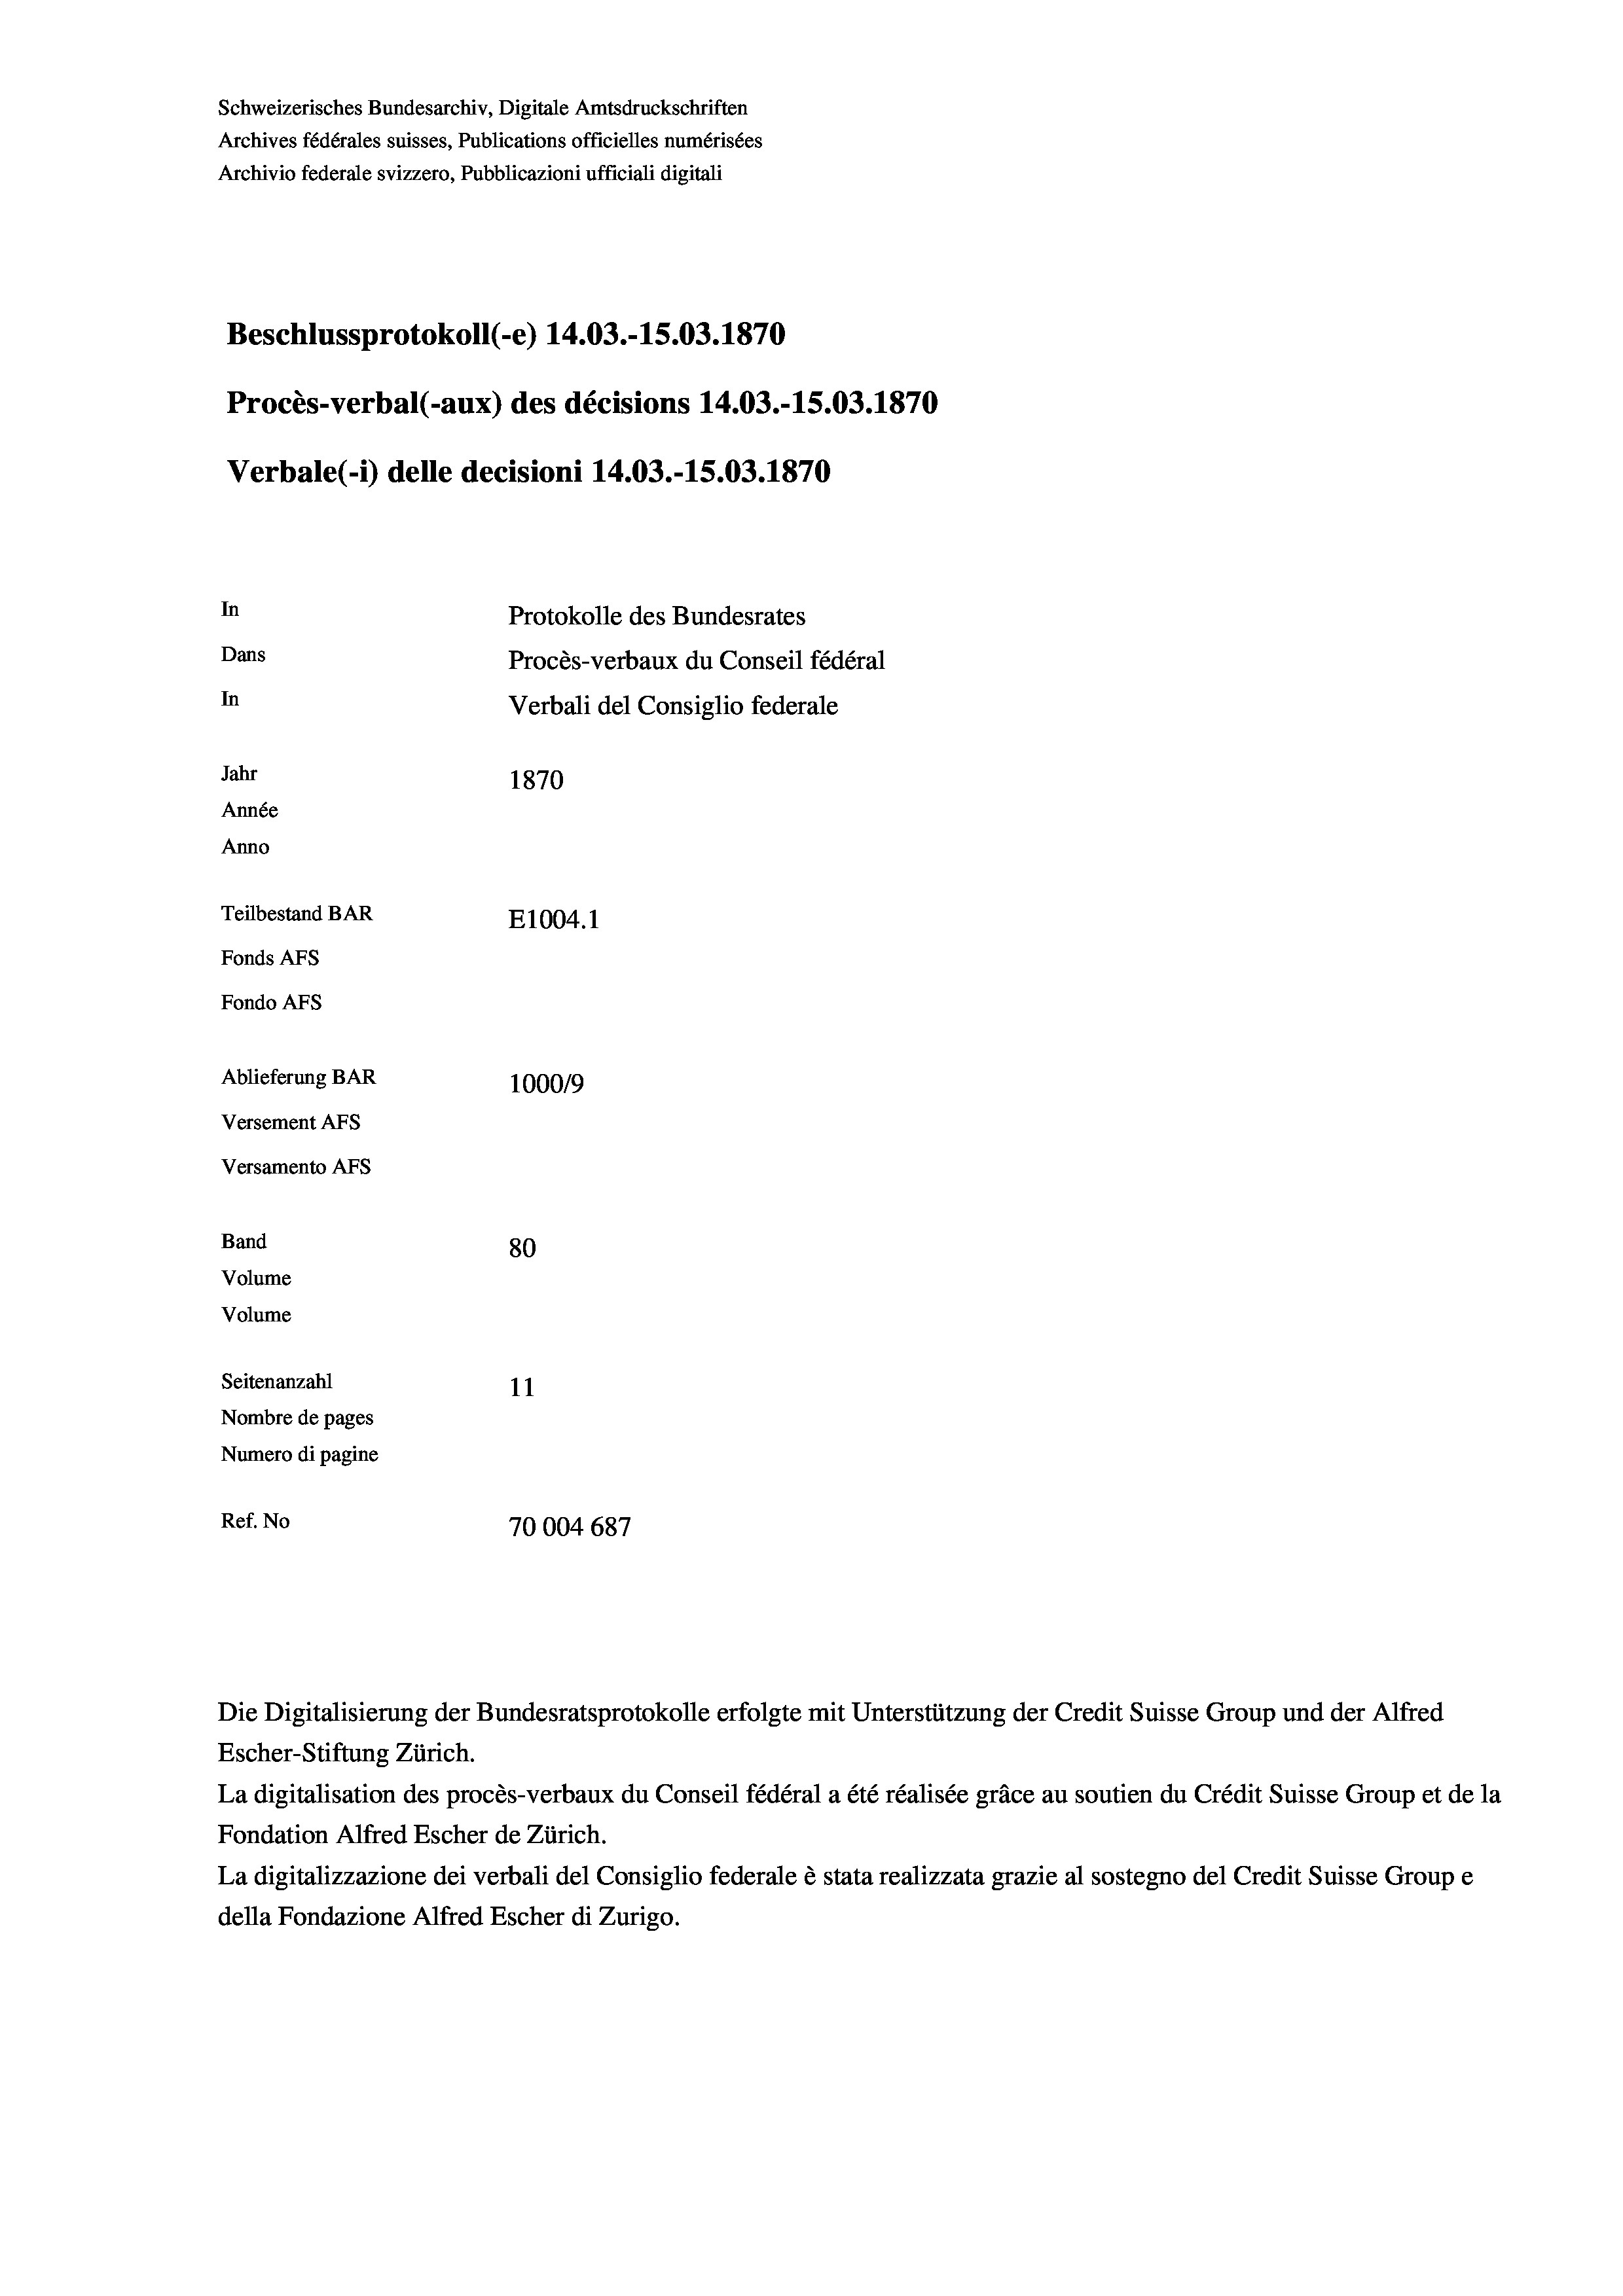
Schweizerisches Bundesarchiv, Digitale Amtsdruckschriften
Archives fédérales suisses, Publications officielles numérisées
Archivio federale svizzero, Pubblicazioni ufficiali digitali
Beschlussprotokoll (-e) 14.03.-15.03. 1870
Procès-verbal (-aux) des décisions 14.03.-15.03. 1870
Verbale (- 1) delle decisioni 14.03.-15.03. 1870
In
Protokolle des Bundesrates
Dans
Procès-verbaux du Conseil fédéral
In
Verbali del Consiglio federale
Jahr
1870
Année
Anno
Teilbestand BAR
E1004. 1
Fonds AFs
Fondo Afs
Ablieferung BAR
100019
Versement AFS
Versamento Afs
Band
80
Volume
Volume
Seitenanzahl
11
Nombre de pages
Numero di pagine
Ref. No
70004 687

Die Digitalisierung der Bundesratsprotokolle erfolgte mit Unterstützung der Credit Suisse Group und der Alfred

Escher-Stiftung Zürich.
La digitalisation des procès-verbaux du Conseil fédéral a été réalisée gräce au soutien du Crédit Suisse Group et de la
Fondation Alfred Escher de Zürich.
La digitalizzazione dei verbali del Consiglio federale è stata realizzata grazie al sostegno del Credit Suisse Groupe
della Fondazione Alfred Escher di Zurigo.